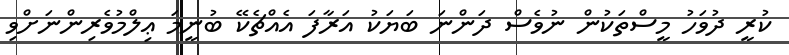
ކުރީ ދުވަހު މީސްތަކުން ނުވެސް ދަންނަ ބަޔަކު އަރާފަ އެއްޗެކޭ ބުނީމަ ޢިލްމުވެރިންނަށްވި